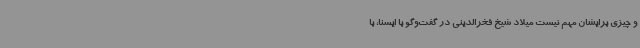
و چیزی برایشان مهم نیست میلاد شیخ فخرالدینی در گفت‌وگو با ایسنا، با